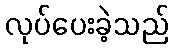
လုပ်ပေးခဲ့သည်